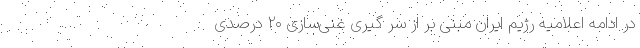
در ادامه اعلامیه رژیم ایران مبنی بر از سر گیری غنی‌سازی ۲۰ درصدی